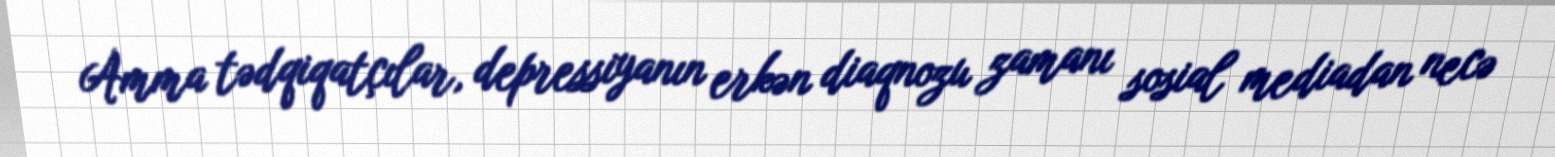
Amma tədqiqatçılar, depressiyanın erkən diaqnozu zamanı sosial mediadan necə